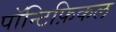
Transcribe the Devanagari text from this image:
पॉन्टिफ़िकल